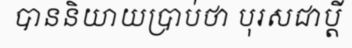
បាននិយាយប្រាប់ថា បុរសជាប្តី